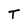
Character: T